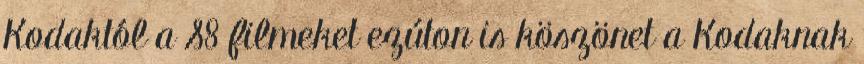
Kodaktól a S8 filmeket ezúton is köszönet a Kodaknak